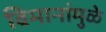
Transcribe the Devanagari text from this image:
विमानांमुळे